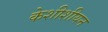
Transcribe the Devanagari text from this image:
केशीशीयन